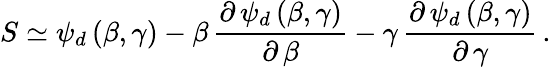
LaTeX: S\simeq\psi_{d}\, (\beta,\gamma)-\beta\, \frac{\partial\, \psi_{d}\, (\beta,\gamma)}{\partial\, \beta}-\gamma\, \frac{\partial\, \psi_{d}\, (\beta,\gamma)}{\partial\, \gamma}\, .